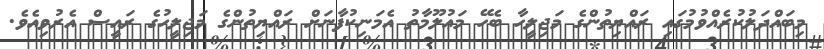
މިބައްދަލުކުރެއްވުމުގައި ރައްޔިތުންގެ މަޖިލީހާ ބެހޭ މަޢުލޫމާތު އެމަނިކުފާނަށް ރައްޔިތުންގެ މަޖިލީހުގެ ރައީސް އެރުވިއެވެ.